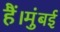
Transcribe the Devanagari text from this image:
हैं।मुंबई